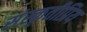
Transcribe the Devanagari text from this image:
संस्कृतीप्रिय